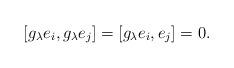
LaTeX: \begin{align*} [g_\lambda e_i , g_\lambda e_j] = [g_\lambda e_i , e_j] = 0 . \end{align*}